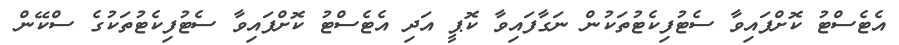
އެޓެސްޓު ކޮށްފައިވާ ސެޓުފިކެޓުތަކުން ނަގާފައިވާ ކޮޕީ އަދި އެޓެސްޓު ކޮށްފައިވާ ސެޓުފިކެޓުތަކުގެ ސްކޭން